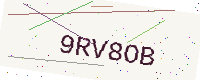
Text: 9RV8OB